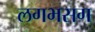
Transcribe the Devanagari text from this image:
लगभसग